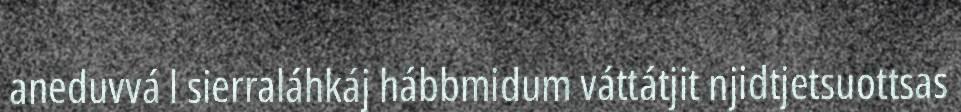
aneduvvá l sierraláhkáj hábbmidum váttátjit njidtjetsuottsas